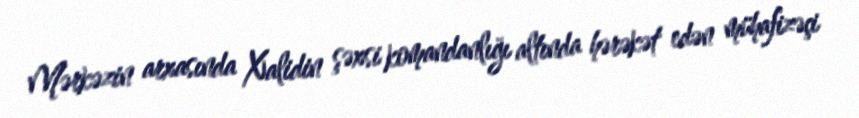
Mərkəzin arxasında Xalidin şəxsi komandanlığı altında hərəkət edən mühafizəçi